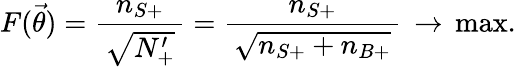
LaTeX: F(\vec{\theta})=\frac{n_{S+}}{\, \sqrt{N_{+}^{\prime}}\, }=\frac{n_{S+}}{\, \sqrt{n_{S+}+n_{B+}}\, }\, \rightarrow\, \mathrm{max}.